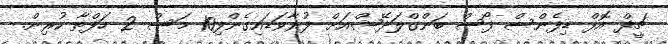
ޗީފް އޮފް ޑިފެންސް ފޯސް ބަންގްލަދޭޝްއަށް ފުރާވަޑައިގެންފި10 މަސް 2 ހަފްތާ ކުރިން.